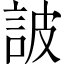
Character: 詖